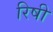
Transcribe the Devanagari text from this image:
रिषी